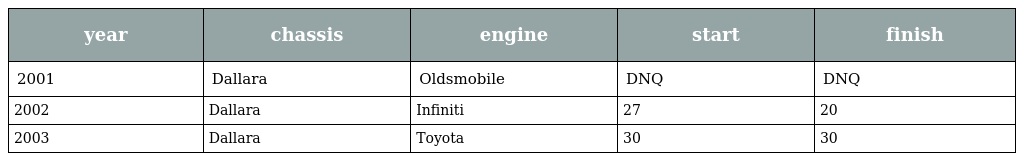
| year | chassis | engine | start | finish |
 | --- | --- | --- | --- | --- |
 | 2001 | Dallara | Oldsmobile | DNQ | DNQ |
 | 2002 | Dallara | Infiniti | 27 | 20 |
 | 2003 | Dallara | Toyota | 30 | 30 |